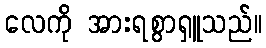
လေကို အားရစွာရှူသည်။